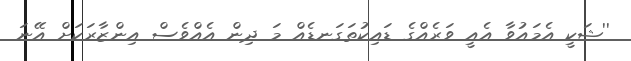
''ޝަކީ އެމައުވާ އެއީ ވަރެއްގެ ޑައިކުތަގަނޑެއް މަ ދިން އެއްވެސް އިންޒާރަކަށް އޭނަ